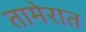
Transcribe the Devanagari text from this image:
तामेरात